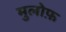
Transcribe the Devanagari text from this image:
मुलोफ़